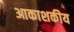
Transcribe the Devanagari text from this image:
आकाशकीय